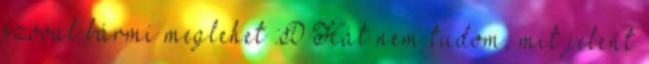
szóval bármi meglehet :D Hát nem tudom, mit jelent